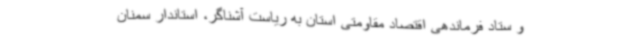
و ستاد فرماندهی اقتصاد مقاومتی استان به ریاست آشناگر، استاندار سمنان